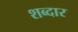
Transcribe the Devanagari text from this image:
शब्दार